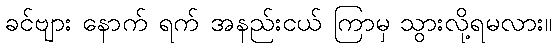
ခင်ဗျား နောက် ရက် အနည်းငယ် ကြာမှ သွားလို့ရမလား။